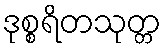
ဒုစ္စရိတသုတ္တ